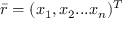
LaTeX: { \bar { r } } = ( x _ { 1 } , x _ { 2 } . . . x _ { n } ) ^ { T }